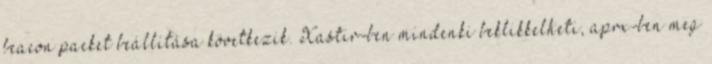
beacon packet beállítása következik. Xastir-ben mindenki beklikkelheti, aprx-ben meg